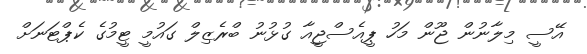
އޭސީ މިލާނުން ޖޫން މަހު ޕީއެސްޖީއާ ގުޅުނު ބްރެޒިލް ގައުމީ ޓީމުގެ ކެޕްޓަނަށް